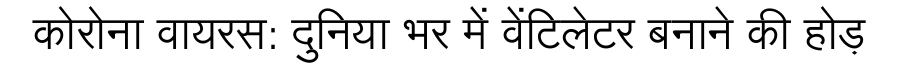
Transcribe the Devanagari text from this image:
कोरोना वायरस: दुनिया भर में वेंटिलेटर बनाने की होड़